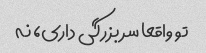
تو واقعا سر بزرگی داری، نه